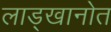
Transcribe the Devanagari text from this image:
लाड्खानोत